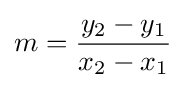
m={\frac {y_{2}-y_{1}}{x_{2}-x_{1}}}